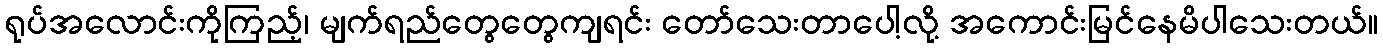
ရုပ်အလောင်းကိုကြည့်၊ မျက်ရည်တွေတွေကျရင်း တော်သေးတာပေါ့လို့ အကောင်းမြင်နေမိပါသေးတယ်။